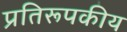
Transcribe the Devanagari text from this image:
प्रतिरूपकीय